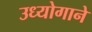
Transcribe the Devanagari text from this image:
उध्योगाने